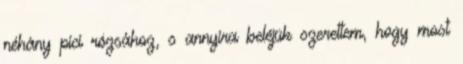
néhány pici rózsához, s annyira beléjük szerettem, hogy most